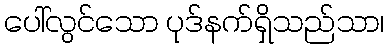
ပေါ်လွင်သော ပုဒ်နက်ရှိသည်သာ၊